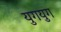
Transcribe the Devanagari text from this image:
युगयुग